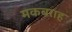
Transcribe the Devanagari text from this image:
मकबराह